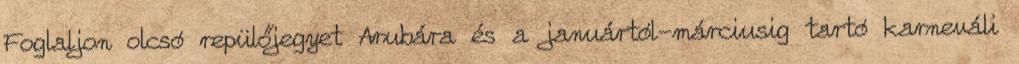
Foglaljon olcsó repülőjegyet Arubára és a januártól-márciusig tartó karneváli